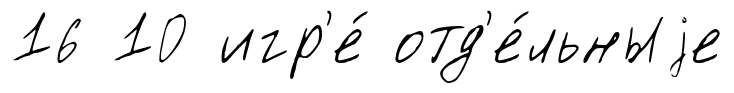
16 10 игр'е́ отд'е́льныjе